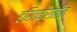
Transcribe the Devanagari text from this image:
हरितक्रांतीत